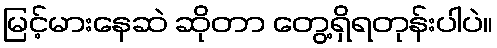
မြင့်မားနေဆဲ ဆိုတာ တွေ့ရှိရတုန်းပါပဲ။